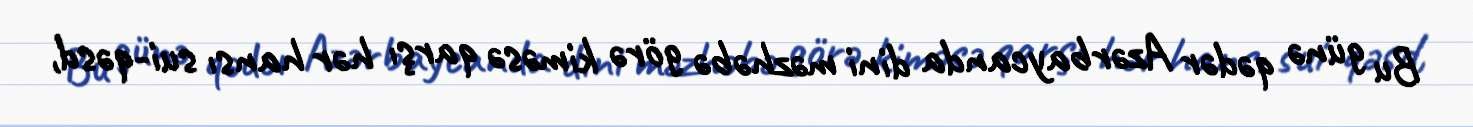
Bu günə qədər Azərbaycanda dini məzhəbə görə kiməsə qarşı hər hansı sui-qəsd,